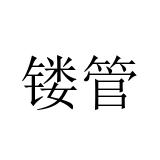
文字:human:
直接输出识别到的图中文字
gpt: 镂管